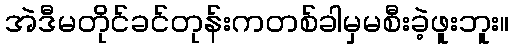
အဲဒီမတိုင်ခင်တုန်းကတစ်ခါမှမစီးခဲ့ဖူးဘူး။